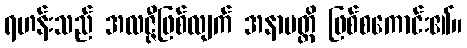
ရဟန်းသည် အလဇ္ဇီဖြစ်လျက် အနာပတ္တိ ဖြစ်စကောင်း၏။